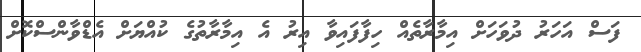
ފަސް އަހަރު ދުވަހަށް އިމާރާތެއް ހިފާފައިވާ އިރު އެ އިމާރާތުގެ ކުއްޔަށް އެޑްވާންސްކޮށް